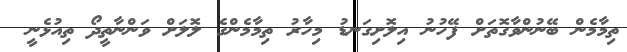
ތިމާމެން ބޭނުންވާގޮތަށް ފޭހުނު އިލޮށިގަނޑު މިހާރު ތިމާމެންގެ ލޮލަށް ވަންނާތީދޯ ތިއުޅެނީ